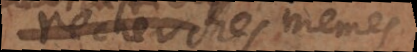
recherches mêmes